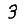
Digit: 3